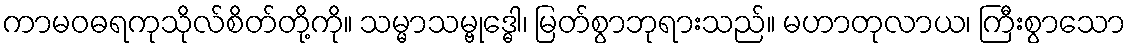
ကာမဝဓရကုသိုလ်စိတ်တို့ကို။ သမ္မာသမ္ဗုဒ္ဓေါ၊ မြတ်စွာဘုရားသည်။ မဟာတုလာယ၊ ကြီးစွာသော